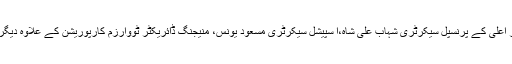
سیکرٹری سیاحت محمد عابد مجید، وزیر اعلیٰ کے پرنسپل سیکرٹری شہاب علی شاہ،ا سپیشل سیکرٹری مسعود یونس، منیجنگ ڈائریکٹر ٹووارزم کارپوریشن کے علاوہ دیگر متعلقہ حکام نے اجلاس میں شرکت کی۔